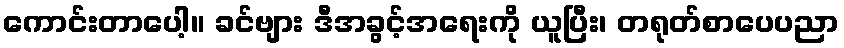
ကောင်းတာပေါ့။ ခင်ဗျား ဒီအခွင့်အရေးကို ယူပြီး၊ တရုတ်စာပေပညာ